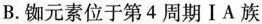
B.铷元素位于第4 周期I A 族